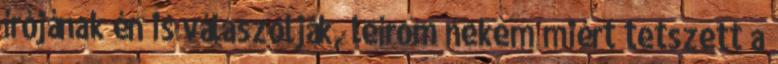
írójának én is válaszolják, leírom nekem miért tetszett a